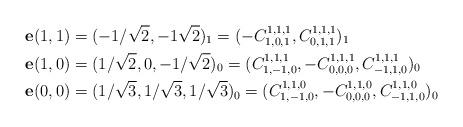
LaTeX: \begin{align*}\mathbf{e}(1,1) & =(-1/\sqrt{2},-1\sqrt{2})_{1}=(-C_{1,0,1}^{1,1,1},C_{0,1,1}^{1,1,1})_{1}\\\mathbf{e}(1,0) & =(1/\sqrt{2},0,-1/\sqrt{2})_{0}=(C_{1,-1,0}^{1,1,1},-C_{0,0,0}^{1,1,1},C_{-1,1,0}^{1,1,1})_{0}\\\mathbf{e}(0,0) & =(1/\sqrt{3},1/\sqrt{3},1/\sqrt{3})_{0}=(C_{1,-1,0}^{1,1,0},-C_{0,0,0}^{1,1,0},C_{-1,1,0}^{1,1,0})_{0}\end{align*}